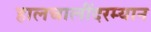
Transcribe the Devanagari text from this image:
हालचालींदरम्यान